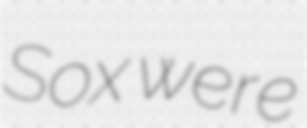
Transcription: Sox were